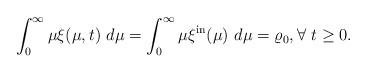
LaTeX: \begin{align*}\int_{0}^{\infty}\mu\xi(\mu,t)\ d\mu=\int_{0}^{\infty}\mu\xi^{\mathrm{in}}(\mu)\ d\mu=\varrho_{0},\forall~t\geq0. \end{align*}